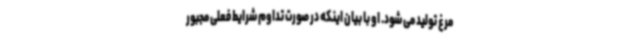
مرغ تولید می شود. او با بیان اینکه در صورت تداوم شرایط فعلی مجبور